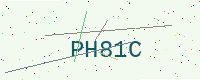
Text: PH81C